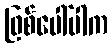
ဖြစ်ပေါ်ပါက